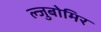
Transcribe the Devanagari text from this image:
ल्जुबोमिर